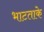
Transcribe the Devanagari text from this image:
भाटताके